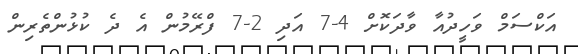
އަކްސަމް ވަހީދުއާ ވާދަކޮށް 4-7 އަދި 2-7 ފްރޭމުން އެ ދެ ކުޅުންތެރިން